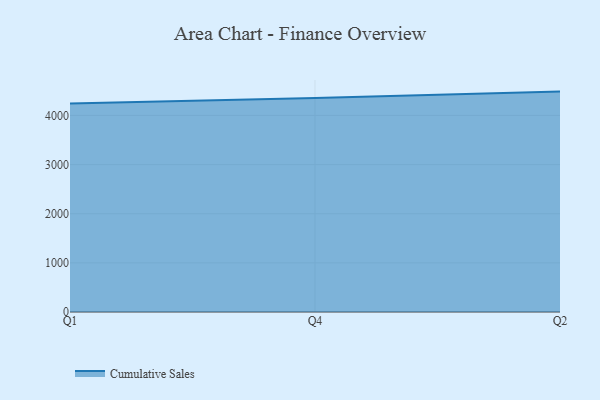
{"axis": {"x": "Quarter", "y": "Gross Profit (USD K)"}, "legend": ["Cumulative Sales"], "data": [{"x": "Q1", "y": 4240.8, "type": "Cumulative Sales"}, {"x": "Q4", "y": 4354.9, "type": "Cumulative Sales"}, {"x": "Q2", "y": 4485.2, "type": "Cumulative Sales"}]}